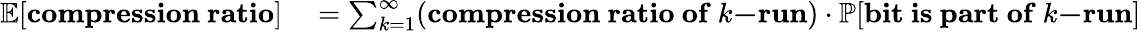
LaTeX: \begin{array}{rl}{\mathbb{E}[\mathbf{compression~ratio}]}&{{}=\sum_{k=1}^{\infty}(\mathbf{compression~ratio~of~}k\mathbf{-run})\cdot\mathbb{P}[\mathbf{bit~is~part~of~}k\mathbf{-run}]}\end{array}